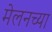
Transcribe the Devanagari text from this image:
मेलनच्या